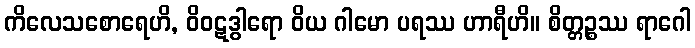
ကိလေသစောရေဟိ, ဝိဝဋဒွါရော ဝိယ ဂါမော ပရဿ ဟာရီဟိ။ စိတ္တဉ္စဿ ရာဂေါ